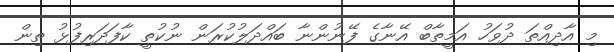
މި އާދިއްތަ ދުވަހު އަމީތާބް އޭނާގެ ފޭނުންނާ ބައްދަލުކުރަން ނުކުތީ ކާފަދަރިފުޅު ތިން